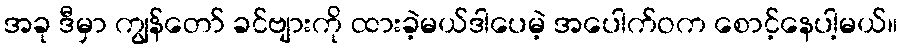
အခု ဒီမှာ ကျွန်တော် ခင်ဗျားကို ထားခဲ့မယ်ဒါပေမဲ့ အပေါက်ဝက စောင့်နေပါ့မယ်။